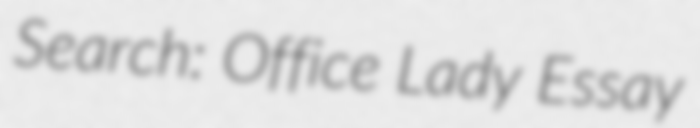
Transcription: Search: Office Lady Essay